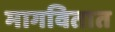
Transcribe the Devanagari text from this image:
मागवितात